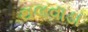
થલવાડા